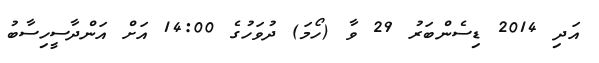
އަދި 2014 ޑިސެންބަރު 29 ވާ (ހޯމަ) ދުވަހުގެ 14:00 އަށް އަންދާސީހިސާބު